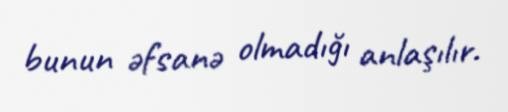
bunun əfsanə olmadığı anlaşılır.